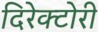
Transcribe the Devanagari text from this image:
दिरेक्टोरी